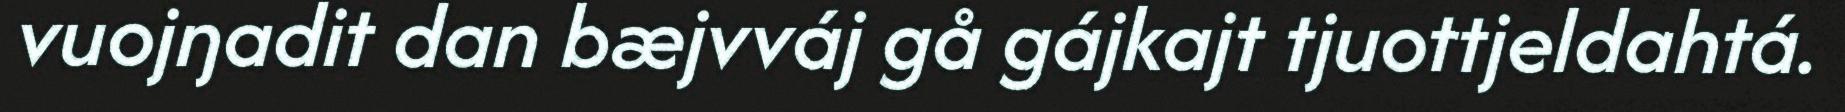
vuojŋadit dan bæjvváj gå gájkajt tjuottjeldahtá.